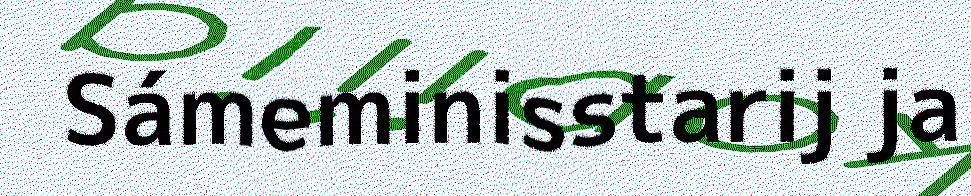
Sámeminisstarij ja